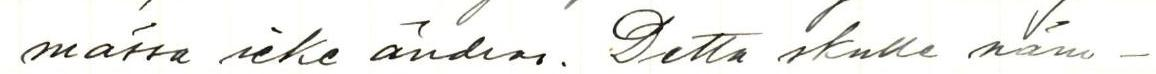
mässa icke ändras. Detta skulle näm-